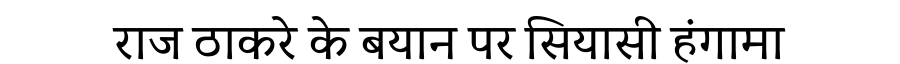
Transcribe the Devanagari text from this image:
राज ठाकरे के बयान पर सियासी हंगामा